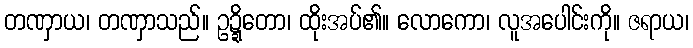
တဏှာယ၊ တဏှာသည်။ ဥဍ္ဍိတော၊ ထိုးအပ်၏။ လောကော၊ လူအပေါင်းကို။ ဇရာယ၊